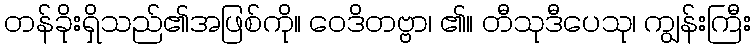
တန်ခိုးရှိသည်၏အဖြစ်ကို။ ဝေဒိတဗ္ဗာ၊ ၏။ တီသုဒီပေသု၊ ကျွန်းကြီး